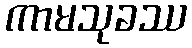
ကာမသုခဿ